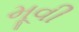
મૂવી